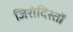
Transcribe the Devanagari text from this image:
जिरोदिस्तों